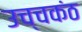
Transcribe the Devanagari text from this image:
उच्चकंठ